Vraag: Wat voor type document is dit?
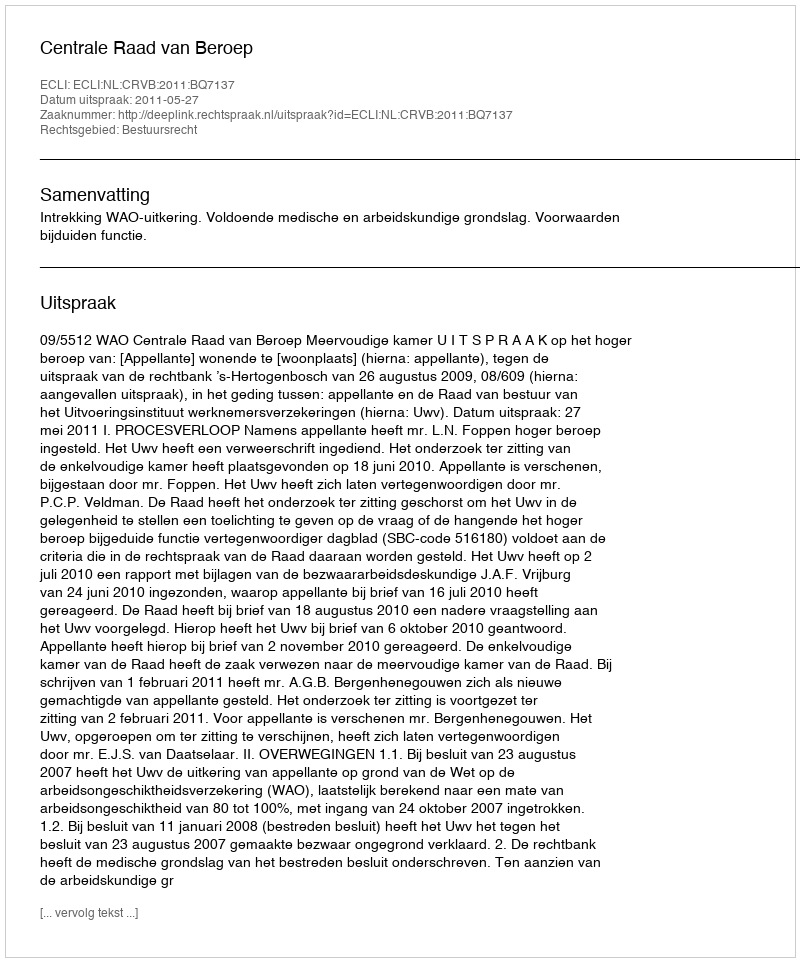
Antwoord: Uitspraak